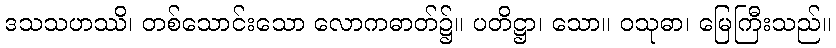
ဒသသဟဿိ၊ တစ်သောင်းသော လောကဓာတ်၌။ ပတိဋ္ဌာ၊ သော။ ဝသုဓာ၊ မြေကြီးသည်။